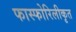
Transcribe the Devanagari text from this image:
फास्फोरिलीकृत